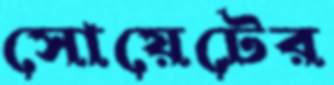
সোয়েটের